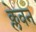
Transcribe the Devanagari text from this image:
क्लेवन